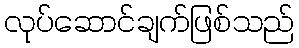
လုပ်ဆောင်ချက်ဖြစ်သည်